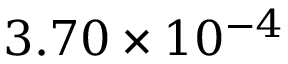
3 . 7 0 \times 1 0 ^ { - 4 }